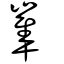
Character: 𡺾